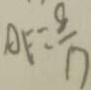
A F = \frac { 8 } { 1 7 }